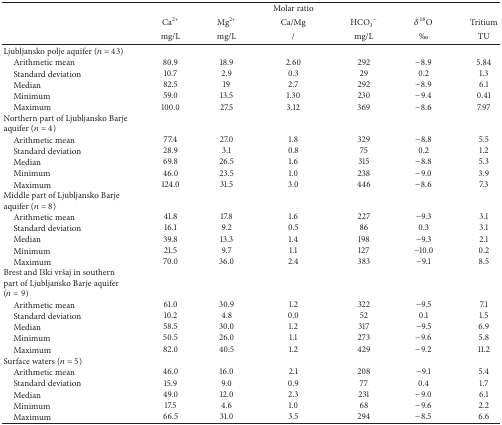
<table><thead><tr><td><b> </b></td><td><b> </b></td><td><b> </b></td><td><b>Molar ratio</b></td><td><b> </b></td><td><b> </b></td><td><b> </b></td></tr><tr><td><b> </b></td><td><b>Ca<sup>2+</sup></b></td><td><b>Mg<sup>2+</sup></b></td><td><b>Ca/Mg</b></td><td><b>HCO<sub>3</sub><sup>−</sup></b></td><td><b><i>δ</i><sup>18</sup>O</b></td><td><b>Tritium</b></td></tr><tr><td><b> </b></td><td><b>mg/L</b></td><td><b>mg/L</b></td><td><b>/</b></td><td><b>mg/L</b></td><td><b>‰</b></td><td><b>TU</b></td></tr></thead><tbody><tr><td>Ljubljansko polje aquifer (<i>n</i> = 43)</td><td> </td><td> </td><td> </td><td> </td><td> </td><td> </td></tr><tr><td> Arithmetic mean </td><td>80.9</td><td>18.9</td><td>2.60</td><td>292</td><td>−8.9</td><td>5.84</td></tr><tr><td> Standard deviation</td><td>10.7</td><td>2.9</td><td>0.3</td><td>29</td><td>0.2</td><td>1.3</td></tr><tr><td> Median</td><td>82.5</td><td>19</td><td>2.7</td><td>292</td><td>−8.9</td><td>6.1</td></tr><tr><td> Minimum</td><td>59.0</td><td>13.5</td><td>1.30</td><td>230</td><td>−9.4</td><td>0.41</td></tr><tr><td> Maximum</td><td>100.0</td><td>27.5</td><td>3.12</td><td>369</td><td>−8.6</td><td>7.97</td></tr><tr><td>Northern part of Ljubljansko Barje aquifer (<i>n</i> = 4)</td><td> </td><td> </td><td> </td><td> </td><td> </td><td> </td></tr><tr><td> Arithmetic mean </td><td>77.4</td><td>27.0</td><td>1.8</td><td>329</td><td>−8.8</td><td>5.5</td></tr><tr><td> Standard deviation</td><td>28.9</td><td>3.1</td><td>0.8</td><td>75</td><td>0.2</td><td>1.2</td></tr><tr><td> Median</td><td>69.8</td><td>26.5</td><td>1.6</td><td>315</td><td>−8.8</td><td>5.3</td></tr><tr><td> Minimum</td><td>46.0</td><td>23.5</td><td>1.0</td><td>238</td><td>−9.0</td><td>3.9</td></tr><tr><td> Maximum</td><td>124.0</td><td>31.5</td><td>3.0</td><td>446</td><td>−8.6</td><td>7.3</td></tr><tr><td>Middle part of Ljubljansko Barje aquifer (<i>n</i> = 8)</td><td> </td><td> </td><td> </td><td> </td><td> </td><td> </td></tr><tr><td> Arithmetic mean</td><td>41.8</td><td>17.8</td><td>1.6</td><td>227</td><td>−9.3</td><td>3.1</td></tr><tr><td> Standard deviation</td><td>16.1</td><td>9.2</td><td>0.5</td><td>86</td><td>0.3</td><td>3.1</td></tr><tr><td> Median</td><td>39.8</td><td>13.3</td><td>1.4</td><td>198</td><td>−9.3</td><td>2.1</td></tr><tr><td> Minimum</td><td>21.5</td><td>9.7</td><td>1.1</td><td>127</td><td>−10.0</td><td>0.2</td></tr><tr><td> Maximum</td><td>70.0</td><td>36.0</td><td>2.4</td><td>383</td><td>−9.1</td><td>8.5</td></tr><tr><td>Brest and Iški vršaj in southern part of Ljubljansko Barje aquifer (<i>n</i> = 9)</td><td> </td><td> </td><td> </td><td> </td><td> </td><td> </td></tr><tr><td> Arithmetic mean </td><td>61.0</td><td>30.9</td><td>1.2</td><td>322</td><td>−9.5</td><td>7.1</td></tr><tr><td> Standard deviation</td><td>10.2</td><td>4.8</td><td>0.0</td><td>52</td><td>0.1</td><td>1.5</td></tr><tr><td> Median</td><td>58.5</td><td>30.0</td><td>1.2</td><td>317</td><td>−9.5</td><td>6.9</td></tr><tr><td> Minimum</td><td>50.5</td><td>26.0</td><td>1.1</td><td>273</td><td>−9.6</td><td>5.8</td></tr><tr><td> Maximum</td><td>82.0</td><td>40.5</td><td>1.2</td><td>429</td><td>−9.2</td><td>11.2</td></tr><tr><td>Surface waters (<i>n</i> = 5)</td><td> </td><td> </td><td> </td><td> </td><td> </td><td> </td></tr><tr><td> Arithmetic mean</td><td>46.0</td><td>16.0</td><td>2.1</td><td>208</td><td>−9.1</td><td>5.4</td></tr><tr><td> Standard deviation</td><td>15.9</td><td>9.0</td><td>0.9</td><td>77</td><td>0.4</td><td>1.7</td></tr><tr><td> Median</td><td>49.0</td><td>12.0</td><td>2.3</td><td>231</td><td>−9.0</td><td>6.1</td></tr><tr><td> Minimum</td><td>17.5</td><td>4.6</td><td>1.0</td><td>68</td><td>−9.6</td><td>2.2</td></tr><tr><td> Maximum</td><td>66.5</td><td>31.0</td><td>3.5</td><td>294</td><td>−8.5</td><td>6.6</td></tr></tbody></table>